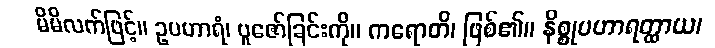
မိမိလက်ဖြင့်။ ဥပဟာရံ၊ ပူဇော်ခြင်းကို။ ကရောတိ၊ ဖြစ်၏။ နိစ္စုပဟာရတ္ထာယ၊